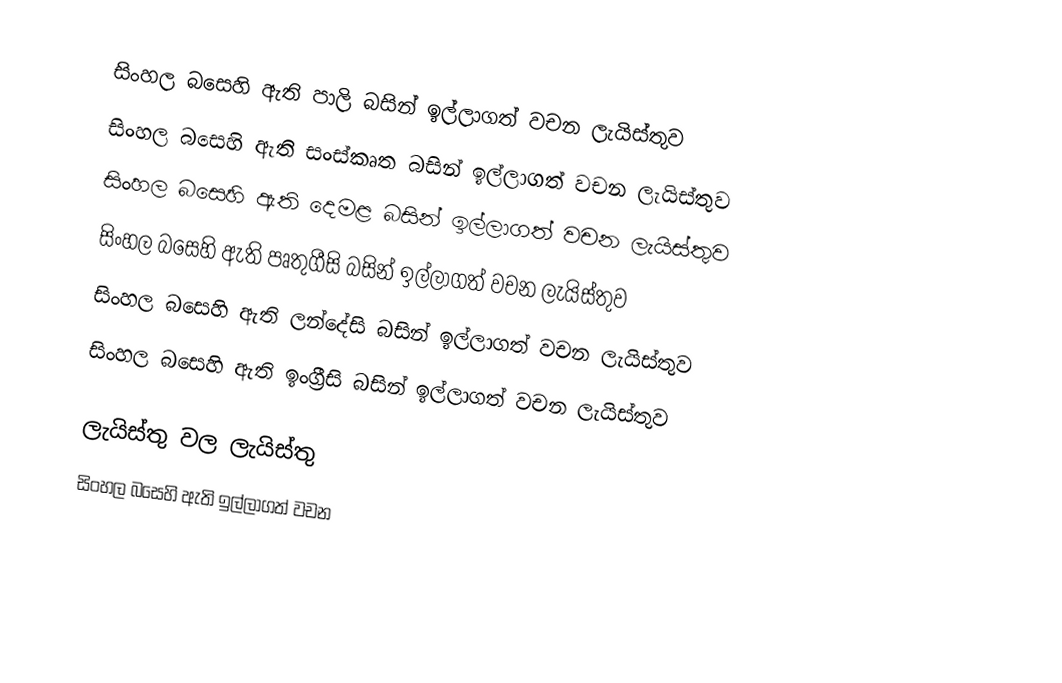
සිංහල බසෙහි ඇති පාලි බසින් ඉල්ලාගත් වචන ලැයිස්තුව
 සිංහල බසෙහි ඇති සංස්කෘත බසින් ඉල්ලාගත් වචන ලැයිස්තුව
 සිංහල බසෙහි ඇති දෙමළ බසින් ඉල්ලාගත් වචන ලැයිස්තුව
 සිංහල බසෙහි ඇති පෘතුගීසි බසින් ඉල්ලාගත් වචන ලැයිස්තුව
 සිංහල බසෙහි ඇති ලන්දේසි බසින් ඉල්ලාගත් වචන ලැයිස්තුව
 සිංහල බසෙහි ඇති ඉංග්‍රීසි බසින් ඉල්ලාගත් වචන ලැයිස්තුව

ලැයිස්තු වල ලැයිස්තු
සිංහල බසෙහි ඇති ඉල්ලාගත් වචන